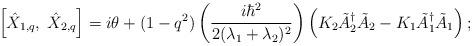
LaTeX: \begin{align*} \left[\hat X_{1,q},\; \hat X_{2,q}\right] = i\theta + (1-q^2)\left(\frac{i\hbar^2}{2(\lambda_1 +\lambda_2)^2}\right) \left(K_2 \tilde A_2^\dagger \tilde A_2 - K_1\tilde A_1^\dagger \tilde A_1\right); \end{align*}